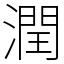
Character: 潤